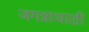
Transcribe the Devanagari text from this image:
जगन्नाथाशी